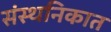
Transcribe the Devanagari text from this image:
संस्थनिकात